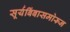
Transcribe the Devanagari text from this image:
सूर्यबिंबासमोरून